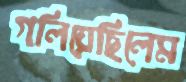
গলিয়েছিলেম